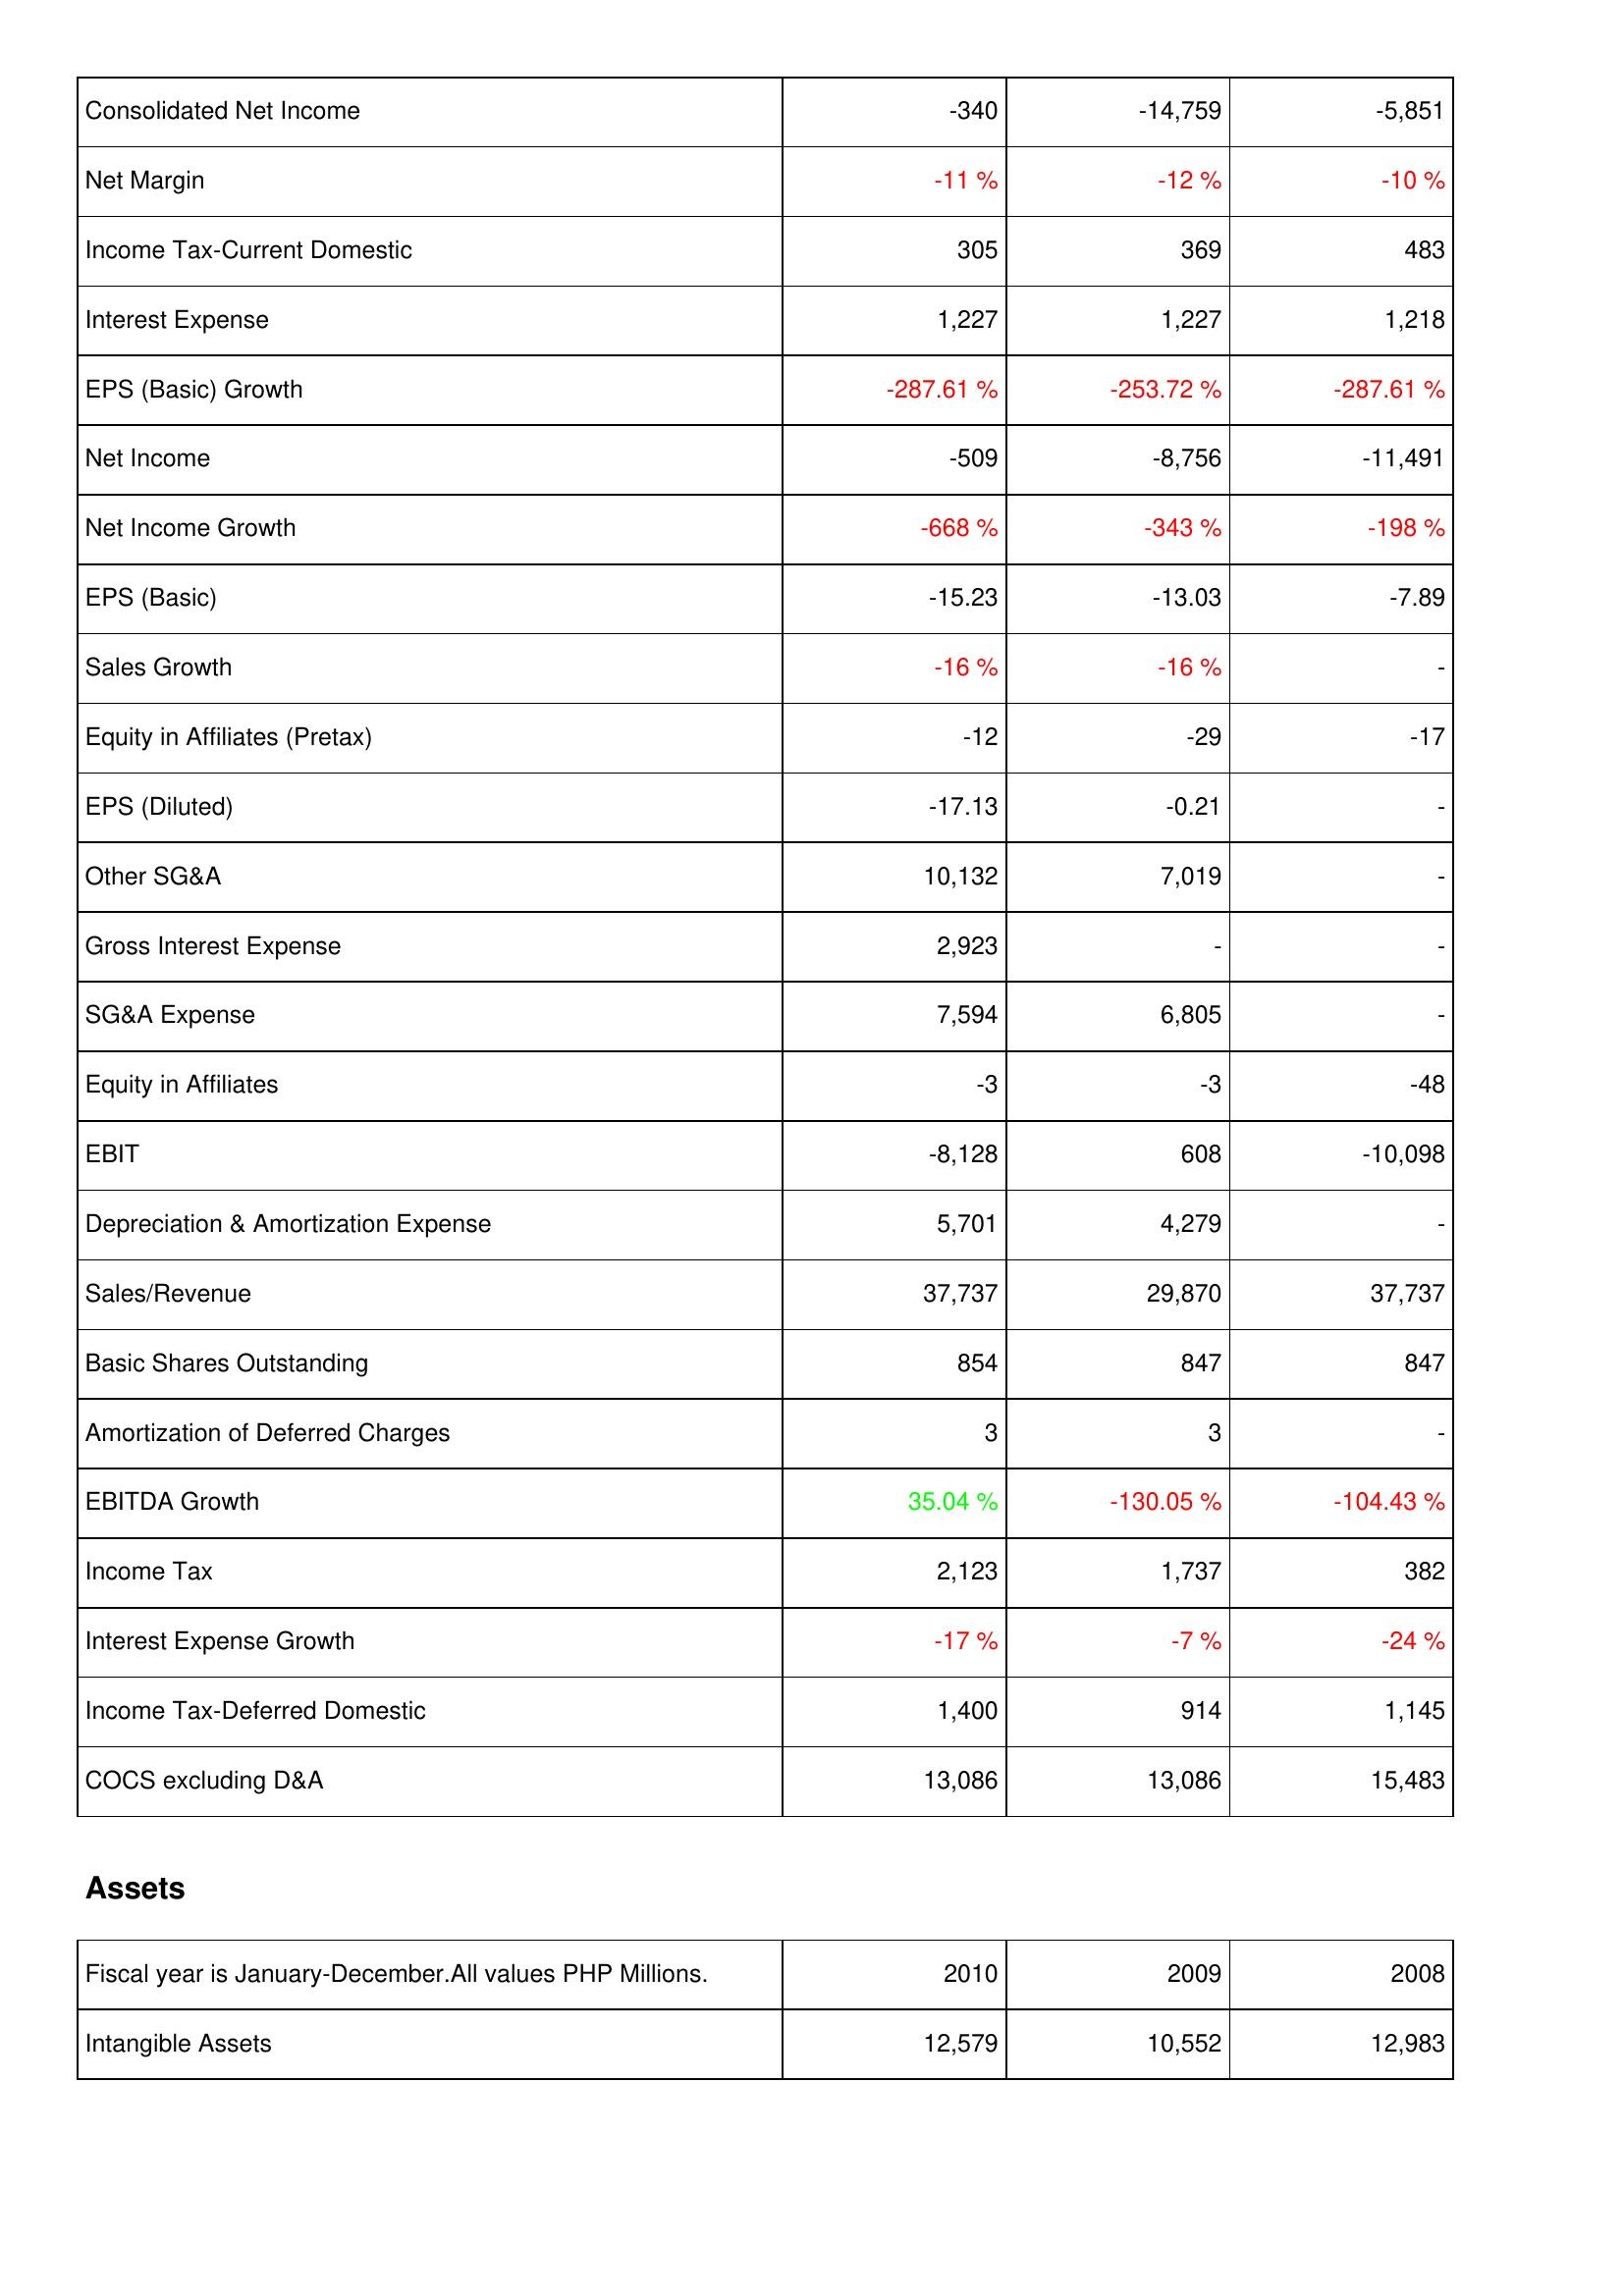
2010: Income Statement: Consolidated Net Income: -340
Net Margin: -11 %
Income Tax-Current Domestic: 305
Interest Expense: 1,227
EPS (Basic) Growth: -287.61 %
Net Income: -509
Net Income Growth: -668 %
EPS (Basic): -15.23
Sales Growth: -16 %
Equity in Affiliates (Pretax): -12
EPS (Diluted): -17.13
Other SG&A: 10,132
Gross Interest Expense: 2,923
SG&A Expense: 7,594
Equity in Affiliates: -3
EBIT: -8,128
Depreciation & Amortization Expense: 5,701
Sales/Revenue: 37,737
Basic Shares Outstanding: 854
Amortization of Deferred Charges: 3
EBITDA Growth: 35.04 %
Income Tax: 2,123
Interest Expense Growth: -17 %
Income Tax-Deferred Domestic: 1,400
COCS excluding D&A: 13,086
Assets: Intangible Assets: 12,579
2009: Income Statement: Consolidated Net Income: -14,759
Net Margin: -12 %
Income Tax-Current Domestic: 369
Interest Expense: 1,227
EPS (Basic) Growth: -253.72 %
Net Income: -8,756
Net Income Growth: -343 %
EPS (Basic): -13.03
Sales Growth: -16 %
Equity in Affiliates (Pretax): -29
EPS (Diluted): -0.21
Other SG&A: 7,019
Gross Interest Expense: -
SG&A Expense: 6,805
Equity in Affiliates: -3
EBIT: 608
Depreciation & Amortization Expense: 4,279
Sales/Revenue: 29,870
Basic Shares Outstanding: 847
Amortization of Deferred Charges: 3
EBITDA Growth: -130.05 %
Income Tax: 1,737
Interest Expense Growth: -7 %
Income Tax-Deferred Domestic: 914
COCS excluding D&A: 13,086
Assets: Intangible Assets: 10,552
2008: Income Statement: Consolidated Net Income: -5,851
Net Margin: -10 %
Income Tax-Current Domestic: 483
Interest Expense: 1,218
EPS (Basic) Growth: -287.61 %
Net Income: -11,491
Net Income Growth: -198 %
EPS (Basic): -7.89
Sales Growth: -
Equity in Affiliates (Pretax): -17
EPS (Diluted): -
Other SG&A: -
Gross Interest Expense: -
SG&A Expense: -
Equity in Affiliates: -48
EBIT: -10,098
Depreciation & Amortization Expense: -
Sales/Revenue: 37,737
Basic Shares Outstanding: 847
Amortization of Deferred Charges: -
EBITDA Growth: -104.43 %
Income Tax: 382
Interest Expense Growth: -24 %
Income Tax-Deferred Domestic: 1,145
COCS excluding D&A: 15,483
Assets: Intangible Assets: 12,983